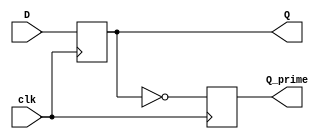
module D_FF(clk, D, Q, Q_prime);

	input clk,D;
	output reg 	Q,Q_prime;
	
	always @(posedge clk)
	
	begin
	Q <= D;
	Q_prime <= !Q;
	end
	
endmodule